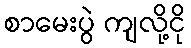
စာမေးပွဲ ကျလို့ငို